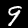
Digit: 9